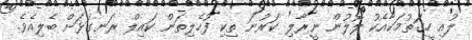
ލުއި ހީގަތުމަކާއެކު ލޮލުން ނީރާލި ކަރުނަ ތިކި ފުހެލިތަން ކައިލް ރަނގަޅަށް ބެލިއެވެ.